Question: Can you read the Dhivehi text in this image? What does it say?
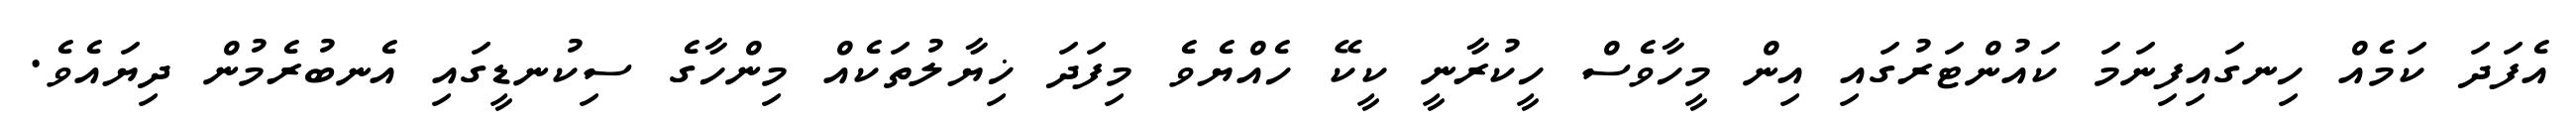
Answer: އެފަދަ ކަމެއް ހިނގައިފިނަމަ ކައުންޓަރުގައި އިން މީހާވެސް ހީކުރާނީ ކީކޭ ހެއްޔެވެ މިފަދަ ޚިޔާލުތަކެއް މިންހާގެ ސިކުނޑީގައި އެނބުރެމުން ދިޔައެވެ.